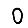
Digit: 0